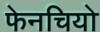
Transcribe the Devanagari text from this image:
फेनचियो